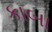
કાબા